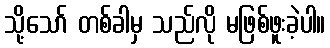
သို့သော် တစ်ခါမှ သည်လို မဖြစ်ဖူးခဲ့ပါ။